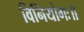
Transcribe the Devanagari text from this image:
विनियोगः॥